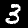
Label: 3